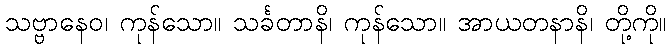
သဗ္ဗာနေဝ၊ ကုန်သော။ သင်္ခတာနိ၊ ကုန်သော။ အာယတနာနိ၊ တို့ကို။